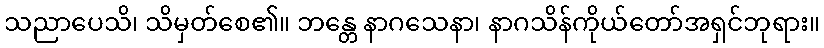
သညာပေသိ၊ သိမှတ်စေ၏။ ဘန္တေ နာဂသေနာ၊ နာဂသိန်ကိုယ်တော်အရှင်ဘုရား။